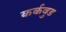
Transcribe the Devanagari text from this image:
कर्कवुड